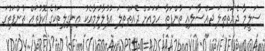
ސަލީމާ ދެއަތްތިލަ ޖައްސާލައި ތުންފަތާ ހަމައަށް ދެއަތްތިލަ އުފުލާލުމާއެކު އިނގިލިތަކުގެ ކޮޅުތައް ތުންފަތުގަ